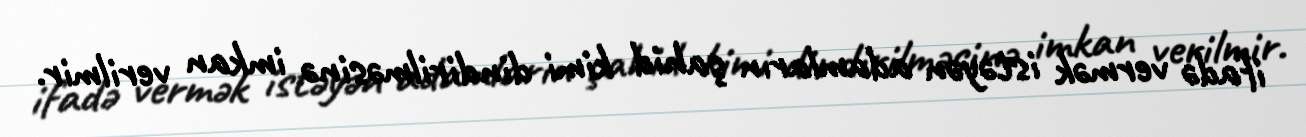
ifadə vermək istəyən adamların şahid kimi dindirilməsinə imkan verilmir.